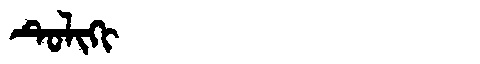
Manchu: ᡨᡠᠯᡳᡴᡳ
Romanization: TULIKI